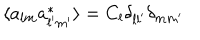
\langle a _ { l m } a _ { l ^ { \prime } m ^ { \prime } } ^ { * } \rangle = C _ { l } \delta _ { l l ^ { \prime } } \delta _ { m m ^ { \prime } }